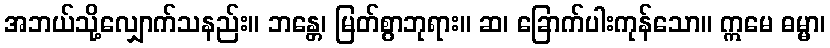
အဘယ်သို့လျှောက်သနည်း။ ဘန္တေ၊ မြတ်စွာဘုရား။ ဆ၊ ခြောက်ပါးကုန်သော။ ဣမေ ဓမ္မာ၊